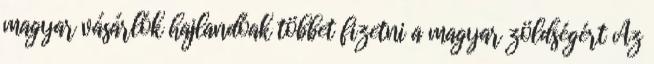
magyar vásárlók hajlandóak többet fizetni a magyar zöldségért Az